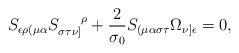
LaTeX: \begin{align*}S_{\epsilon \rho ( \mu \alpha} S_{\sigma \tau \nu ] }^{~~~~\rho} + \frac{2}{\sigma_{0}} S_{( \mu \alpha \sigma \tau} \Omega_{\nu ] \epsilon} =0,\end{align*}